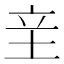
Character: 𰉢